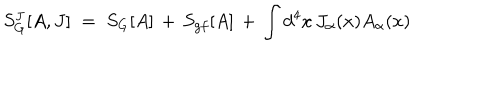
S _ { G } ^ { J } [ A , J ] \; = \; S _ { G } [ A ] \, + \, S _ { g f } [ A ] \, + \, \int d ^ { 4 } x \, J _ { \alpha } ( x ) A _ { \alpha } ( x ) \,